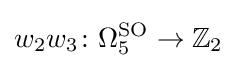
w_{2}w_{3}\colon \Omega _{5}^{\mathrm {SO} }\rightarrow \mathbb {Z} _{2}